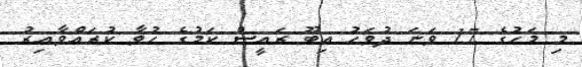
މި މަހުގެ 17 ވަނަ ދުވަހު އިބޫ ރައީސް ކަމުގެ ހުވާ ކުރައްވާއިރު